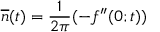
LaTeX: \overline { { { n } } } ( t ) = \frac 1 { 2 \pi } ( - f ^ { \prime \prime } ( 0 ; t ) )